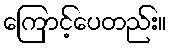
ကြောင့်ပေတည်း။